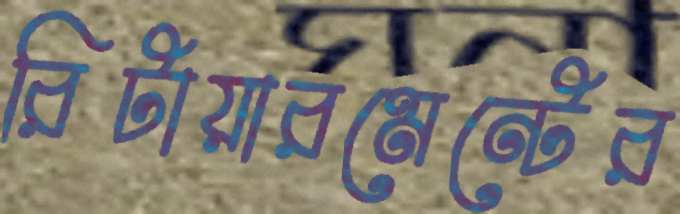
রিটায়ারমেন্টের